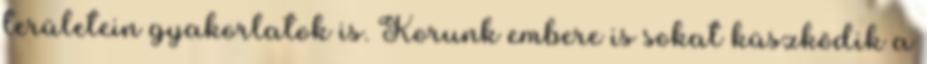
területein gyakorlatok is. Korunk embere is sokat küszködik a